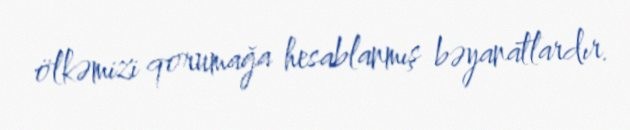
ölkəmizi qorumağa hesablanmış bəyanatlardır.